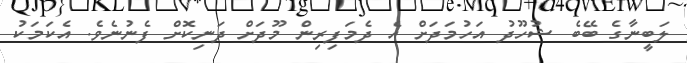
ލަބީނާގެ ބޭބެ ޝުހޫދު އަހުމަދަށް އެ ދެމަފިރިން މޫދަށް ދަނިކޮށް ފެނުނެވެ. އެކަމަކު